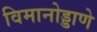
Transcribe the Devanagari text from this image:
विमानोड्डाणे